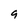
Character: 9